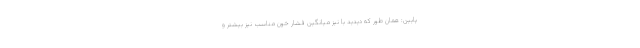
پایین: همان طور که دیدید با نیز میانگین فشار خون مناسب نیز بیشتر و